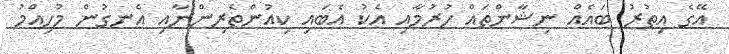
އޭގެ އިތުރު ބައެއް ނިޝާންތައް ހުރުމާއި އެކު އެބައި ކިއުންތެރިންނާއި އެނގުން މުހިއްމު